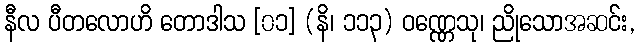
နီလ ပီတလောဟိ တောဒါသ [၀၁] (နိ၊ ၁၁၃) ဝဏ္ဏေသု၊ ညိုသောအဆင်း,